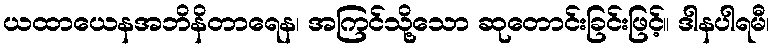
ယထာယေနအဘိနိတာရေန၊ အကြင်သို့သော ဆုတောင်းခြင်းဖြင့်။ ဒါနပါရမီ၊